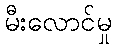
မီးလောင်မှု